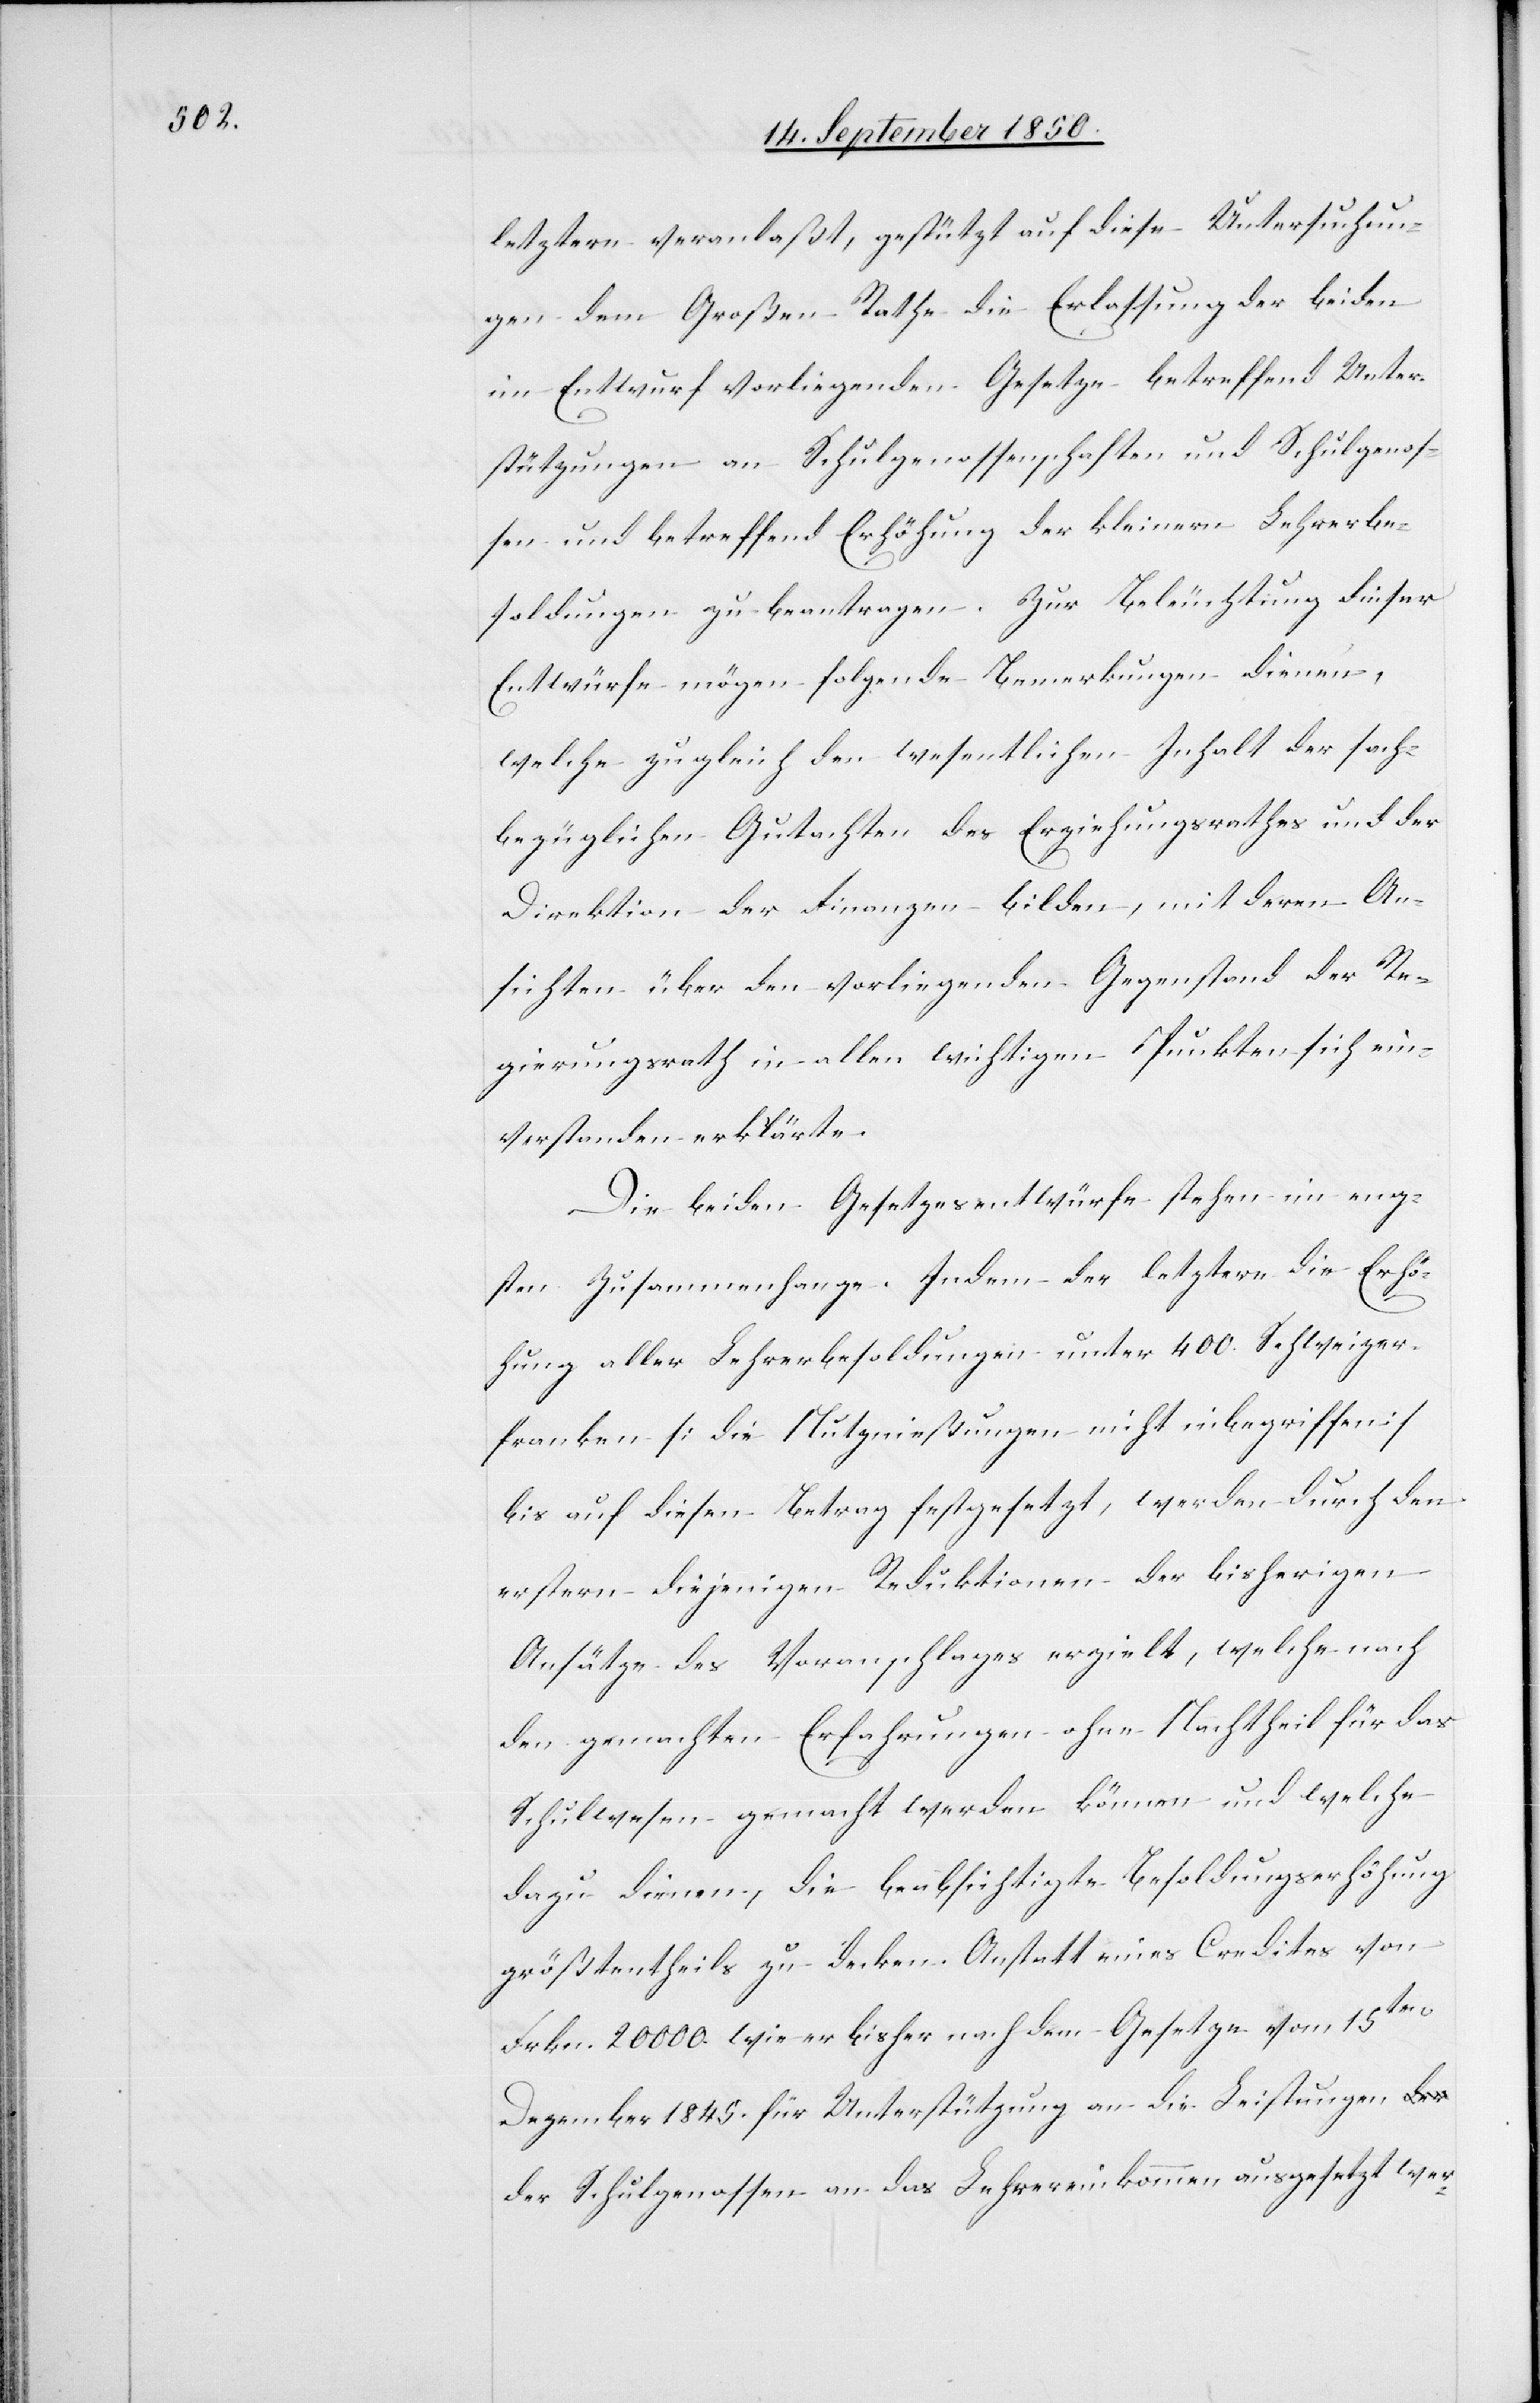
letztere veranlaßt, gestützt auf diese Untersuchun¬
gen dem Großen Rathe die Erlassung der beiden
im Entwurf vorliegenden Gesetze betreffend Unter¬
stützungen an Schulgenossenschaften und Schulgenos¬
sen und betreffend Erhöhung der kleinern Lehrerbe¬
soldungen zu beantragen. Zur Beleuchtung dieser
Entwürfe mögen folgende Bemerkungen dienen,
welche zugleich den wesentlichen Inhalt der sach¬
bezüglichen Gutachten des Erziehungsrathes und der
Direktion der Finanzen bilden, mit deren An¬
sichten über den vorliegenden Gegenstand der Re¬
gierungsrath in allen wichtigen Punkten sich ein¬
verstanden erklärte.
Die beiden Gesetzesentwürfe stehen im eng¬
sten Zusammenhange. Indem der letztere die Erhö¬
hung aller Lehrerbesoldungen unter 400. Schweizer¬
franken [die Nutznießungen nicht inbegriffen]
bis auf diesen Betrag festgesetzt, werden durch den
erstern diejenigen Reduktionen der bisherigen
Ansätze des Voranschlages erzielt, welche nach
den gemachten Erfahrungen ohne Nachtheil für das
Schulwesen gemacht werden können und welche
dazu dienen, die beabsichtigte Besoldungserhöhung
größtentheils zu decken. Anstatt eines Credites von
Frkn. 20 000. wie er bisher nach dem Gesetze vom 15ten
Dezember 1845. für Unterstützung an die Leistungen d¬
er Schulgenossen an das Lehrereinkommen ausgesetzt wer-